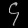
Digit: ၄